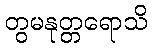
တွမနုတ္တရောသိ